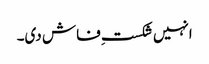
انہیں شکستِ فاش دی۔